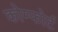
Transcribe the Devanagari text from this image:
कोम्फोर्ट